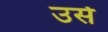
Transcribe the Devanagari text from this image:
उसेेेे